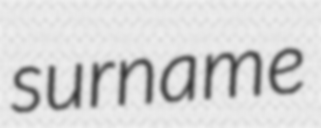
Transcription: surname